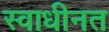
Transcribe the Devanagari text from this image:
स्वाधीनत